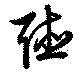
聽